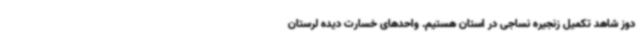
دوز شاهد تکمیل زنجیره نساجی در استان هستیم. واحدهای خسارت دیده لرستان